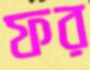
ফর